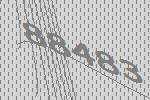
88483